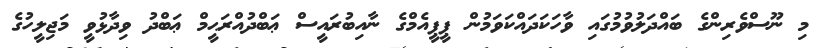
މި ނޫސްވެރިންގެ ބައްދަލުވުމުގައި ވާހަކަދައްކަވަމުން ޕީޕީއެމްގެ ނާއިބުރައީސް ޢަބްދުއްރަޙީމް ޢަބްދު ވިދާޅުވީ މަޖިލީހުގެ